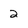
Character: 2